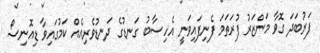
ފަރުބަދަ ގޮވާ މަންޒަރު ފުރަތަމަ ފެނިފައިވަނީ އެހިސާބު ގަނޑުގެ ދަނޑުވެރިއެއް ކަމުގައިވާ ޑިއޮނިސޯ